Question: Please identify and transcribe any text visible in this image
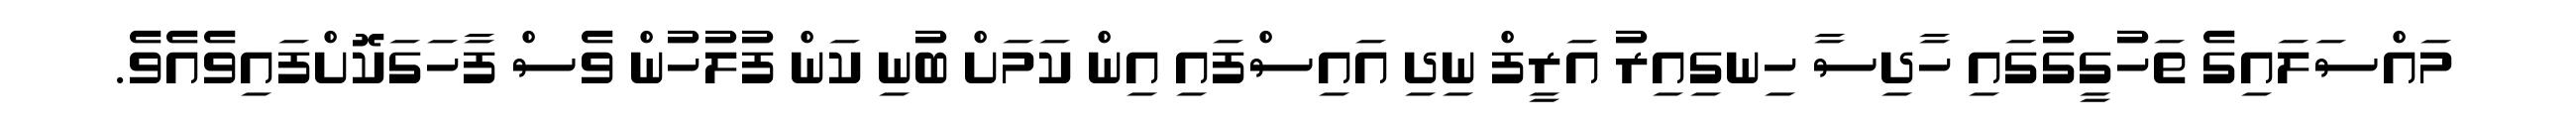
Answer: މައްސަލައިގެ ތަހުގީގުގައި ހާދިސާ ހިނގިއިރު އަރީފް ނިދި އައިސްފައި އިން ކަމަށް ބުނި ކަން ފުލުހުން ވެސް ފާހަގަކޮށްފައިވެއެވެ.